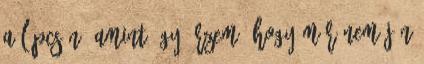
a lépcsőn. Amint úgy érzem, hogy már nem jön